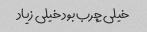
خیلی چرب بود خیلی زیاد